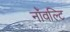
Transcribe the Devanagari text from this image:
नॉवल्टि